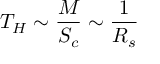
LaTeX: T _ { H } \sim \frac { M } { S _ { c } } \sim \frac { 1 } { R _ { s } }